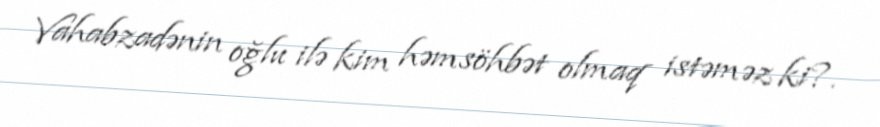
Vahabzadənin oğlu ilə kim həmsöhbət olmaq istəməz ki?.